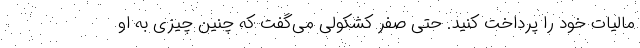
مالیات خود را پرداخت کنید. حتی صفر کشکولی می‌گفت که چنین چیزی به او